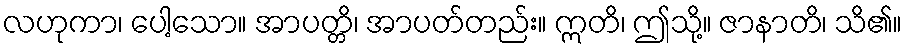
လဟုကာ၊ ပေါ့သော။ အာပတ္တိ၊ အာပတ်တည်း။ ဣတိ၊ ဤသို့။ ဇာနာတိ၊ သိ၏။